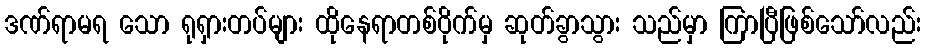
ဒဏ်ရာမရ သော ရုရှားတပ်များ ထိုနေရာတစ်ဝိုက်မှ ဆုတ်ခွာသွား သည်မှာ ကြာပြီဖြစ်သော်လည်း